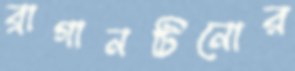
ব্রাগানটিনোর